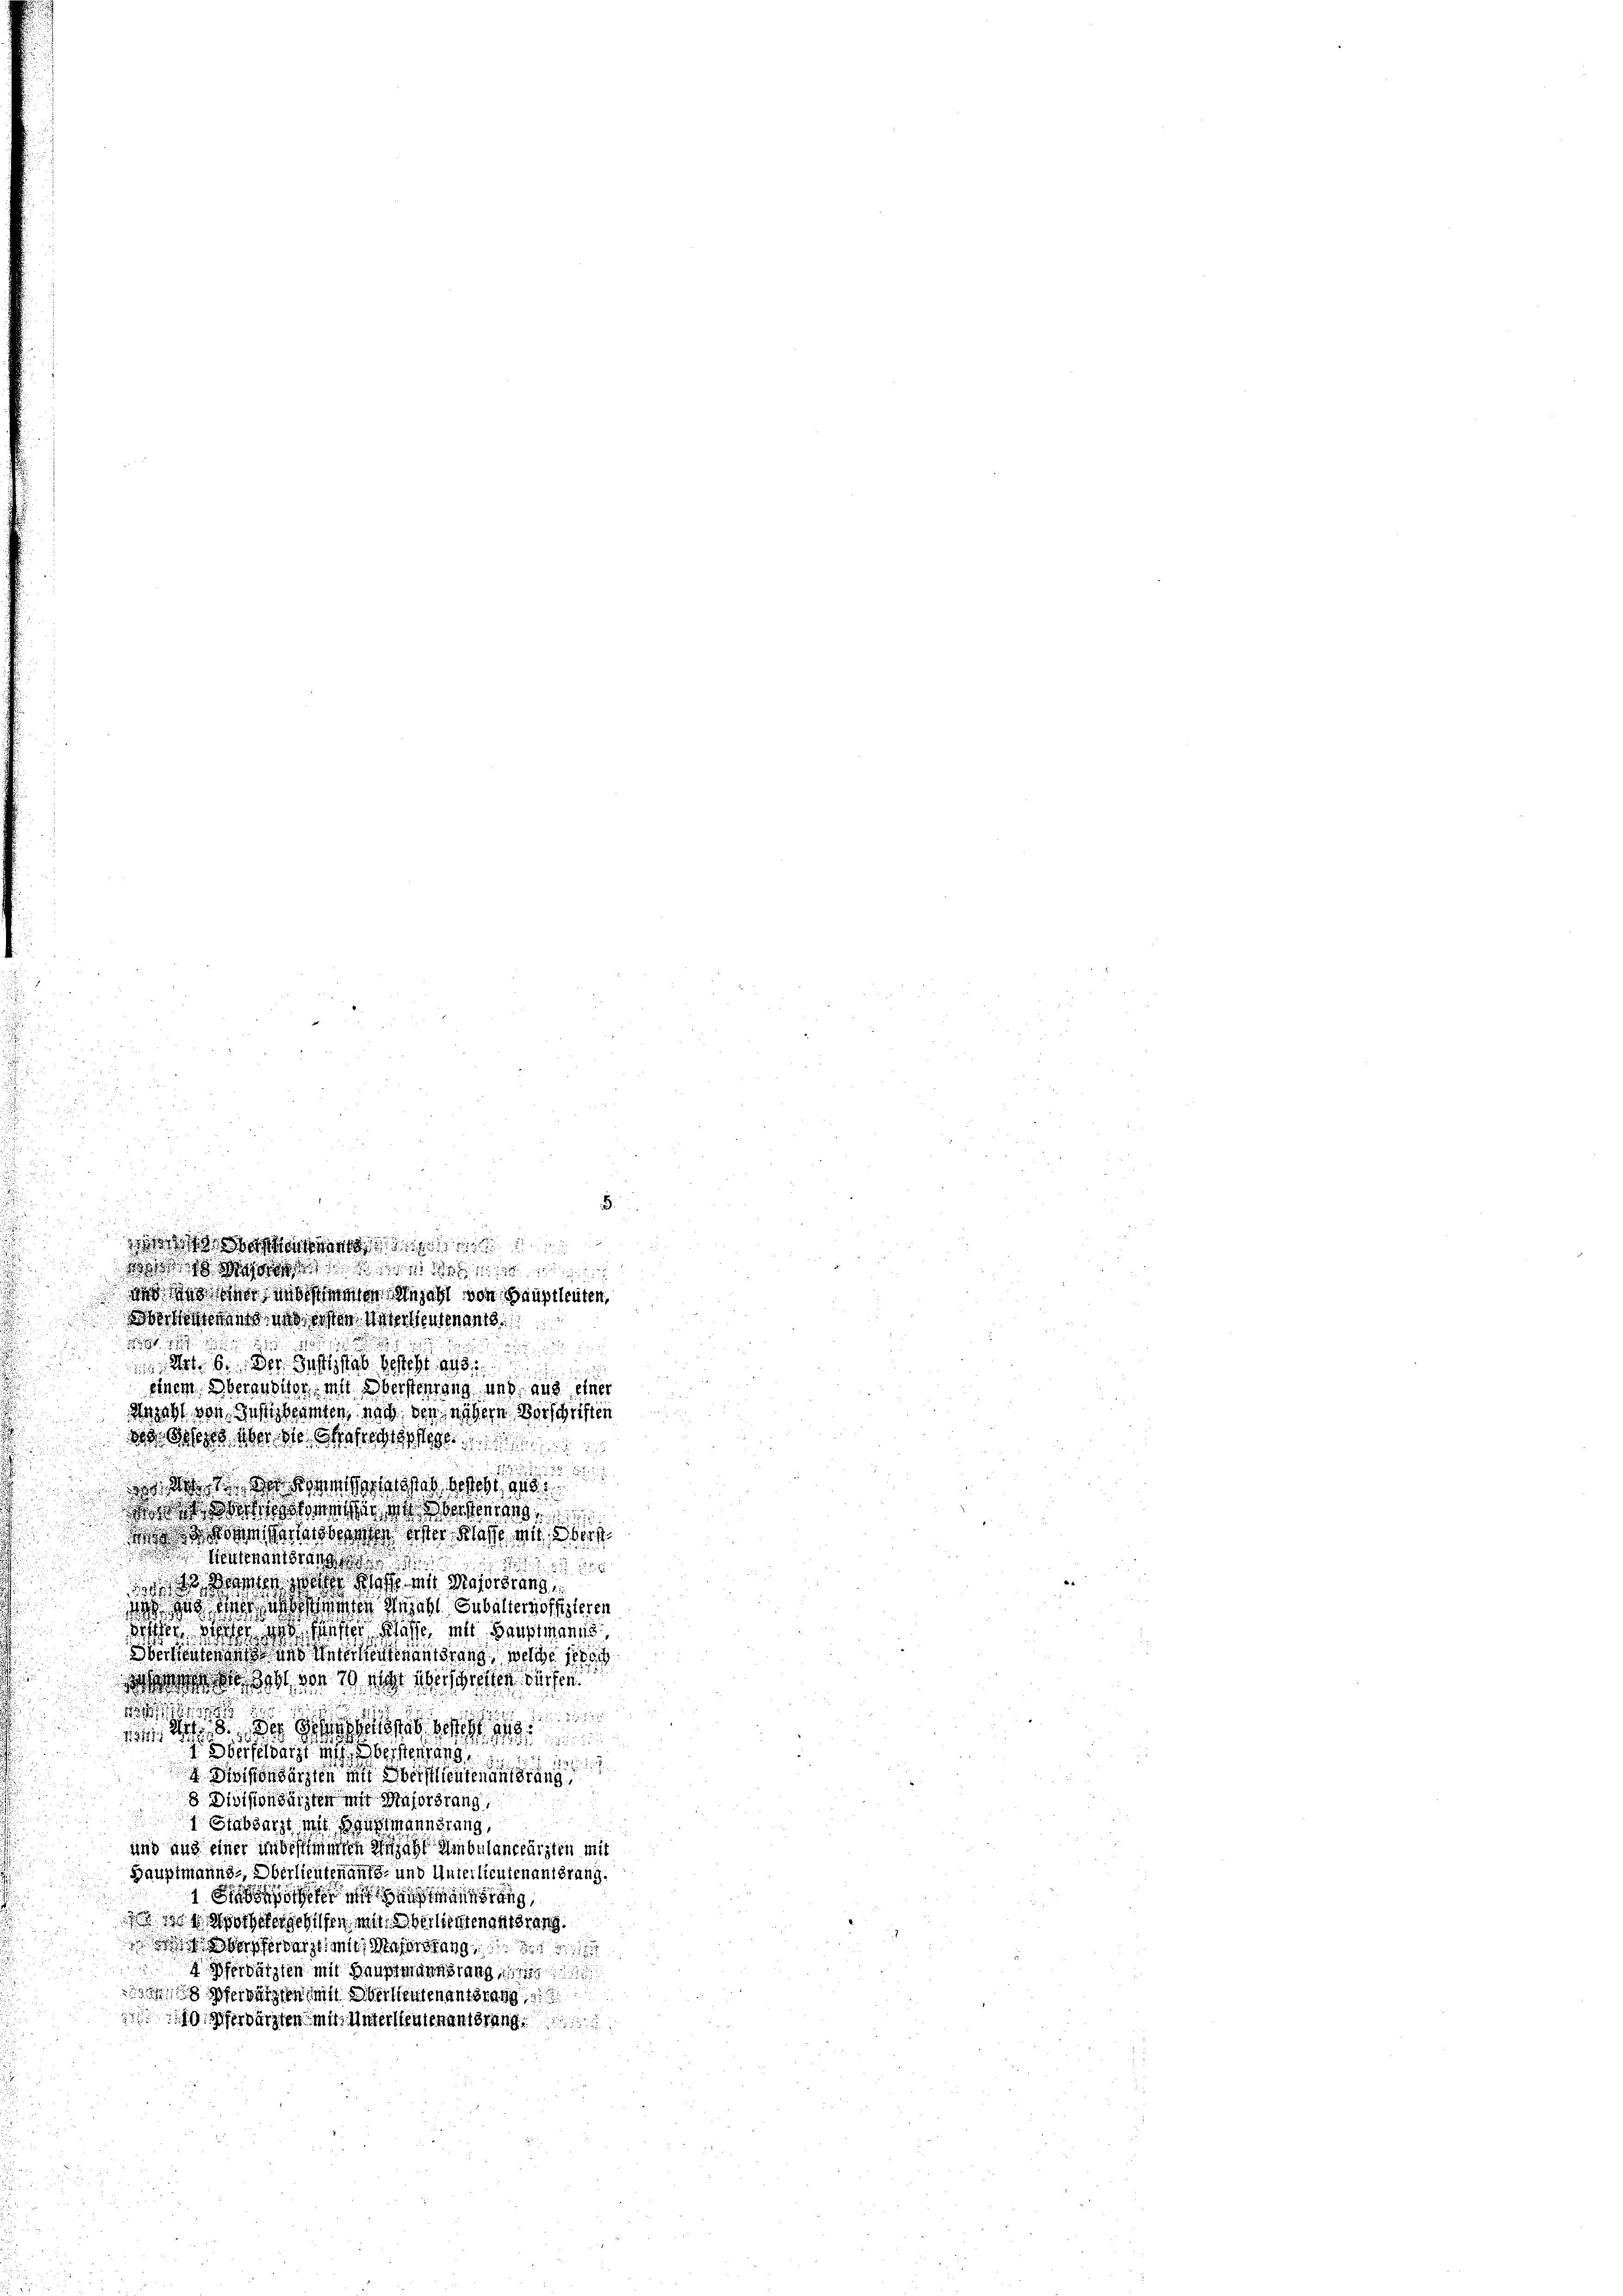
daß dass sie in bestimmten Anzahl von Hauptleuten,
Dechenerante und ersten Unter heutenant

 Art. 6. Der Justizsab besteht als
einem Oberausirer mit Obersterrung und aus einer
Anzahl von Gestbeamten, noch den nähern Vorschriften
2
258.
oos messen die versten
dnis etwas erster Klasse mit Oberst

Heutenantrang

u
dessen wie schoffe mit Majorsrang,
do sie war es denen Hisel, Subalternoffizieren
diffen sie in finster Klasse, mit Hauptmanns,
Obereiten das und Unterstentenantsrang, welche se
 dos von 10 hat erhielten dürfen.

d d. 8. des
1. Werfeldarzt mit Obersteurung
2
 Wißensärzten mit Beistlieutenantrang
8 Divisionsärzten mit Majorsrang,
absarzt mit Hauptmannerung
und und einer unbestimmten Anzahl Ambulanceärzten mit
Hauptmanns-, Oberlieutenaufe und Unterlieutenantsrang,
1 herung
orhergehilfen mit Oberlieutenant drang.
  Wasserbacht mit Majorsrang
2
ätzten mit Hauptmannerung
 Pferdenten in Oberleutenantrag
erdärzten mit Unterlieutenansprung

d

n

ostand
d nach

ds dass aber die Grafe desse
s de der ad in Gartelstab gesteht, als